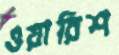
ওয়ারিশ